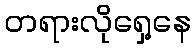
တရားလိုရှေ့နေ